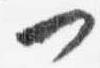
一